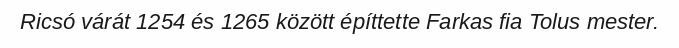
Ricsó várát 1254 és 1265 között építtette Farkas fia Tolus mester.